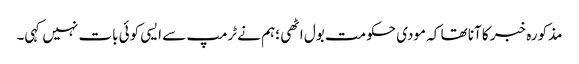
مذکورہ خبر کا آنا تھا کہ مودی حکومت بول اٹھی ؛ہم نے ٹرمپ سے ایسی کوئی بات نہیں کہی۔